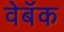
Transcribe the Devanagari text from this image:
वेबॅक